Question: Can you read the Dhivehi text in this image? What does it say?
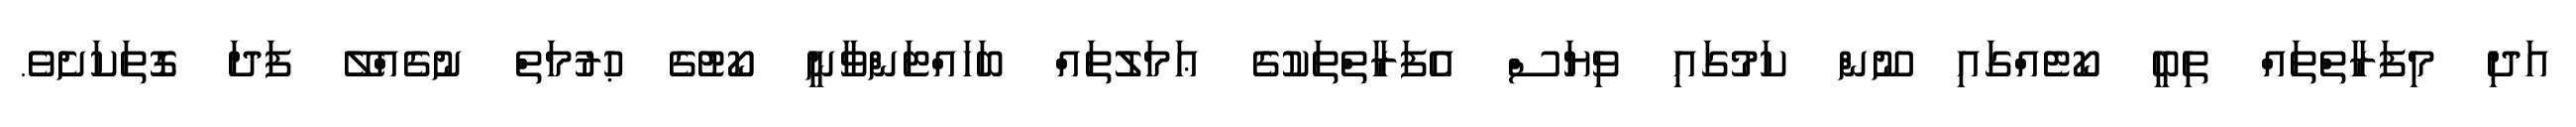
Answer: އަދި މިފަރާތްތައް ތިބީ ކޯޓެއްގައި ނޫން ކަމުގައި ވިޔަސް އެފަރާތްތަކުގެ ޢަމަލުތައް ބަހައްޓަންވާނީ ކޯޓުގެ ޙުރުމަތް ނުގެއްލޭ ފަދަ ގޮތަކަށެވެ.